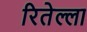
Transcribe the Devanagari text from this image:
रितेल्ला